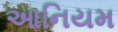
આનિયમ